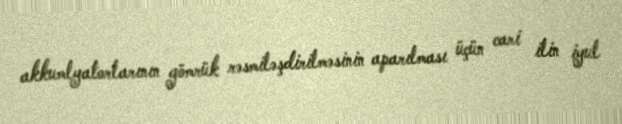
akkumlyatorlarının gömrük rəsmiləşdirilməsinin aparılması üçün cari ilin iyul